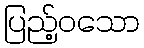
ပြည့်ဝသော